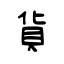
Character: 貨